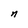
Character: n